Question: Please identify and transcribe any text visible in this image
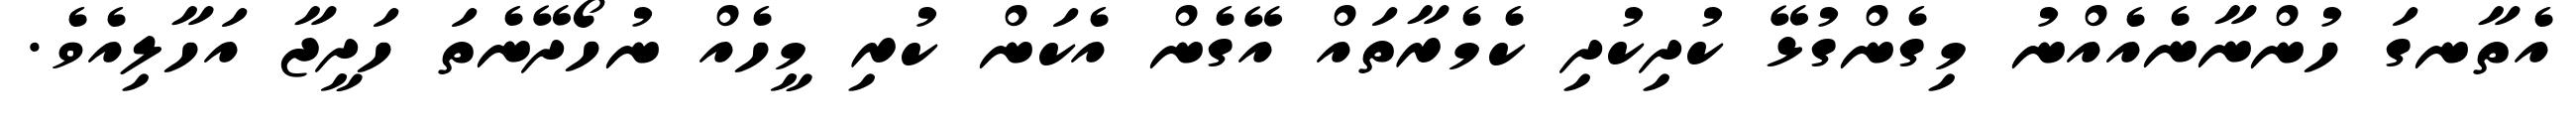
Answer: އެތާނގަ ހުންނާނެއެއްނު މިގެންގުޅޭ ކުދިކުދި ކެމެރާތައް އޭގެން އެކަން ކުރި މީހެއް ނުހޯދޭނެތަ ހަދީޖާ އަހާލިއެވެ.